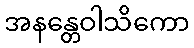
အနန္တေဝါသိကော